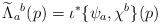
\begin{align*}\widetilde \Lambda_a{}^b(p) = \iota^*\{\psi_a, \chi^b\}(p) \end{align*}